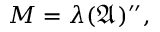
M = \lambda ( { \mathfrak { A } } ) ^ { \prime \prime } ,